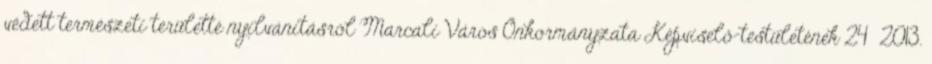
védett természeti területté nyilvánításról Marcali Város Önkormányzata Képviselő-testületének 24 2013.